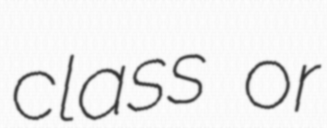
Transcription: class or